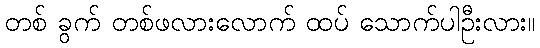
တစ် ခွက် တစ်ဖလားလောက် ထပ် သောက်ပါဦးလား။